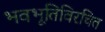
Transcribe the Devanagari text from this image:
भवभूतिविरचित